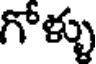
గోళ్ళు